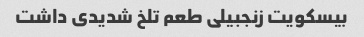
بیسکویت زنجبیلی طعم تلخ شدیدی داشت